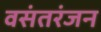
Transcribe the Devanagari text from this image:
वसंतरंजन